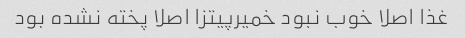
غذا اصلا خوب نبود خمیرپیتزا اصلا پخته نشده بود